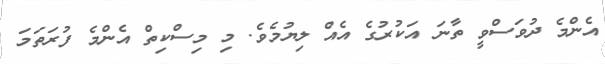
އެންމެ ދުވަސްވީ ތާނަ އަކުރުގެ އެއް ލިޔުމެވެ. މި މިސްކިތް އެންމެ ފުރަތަމަ